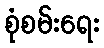
စုံစမ်းရေး